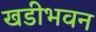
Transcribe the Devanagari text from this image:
खडीभवन